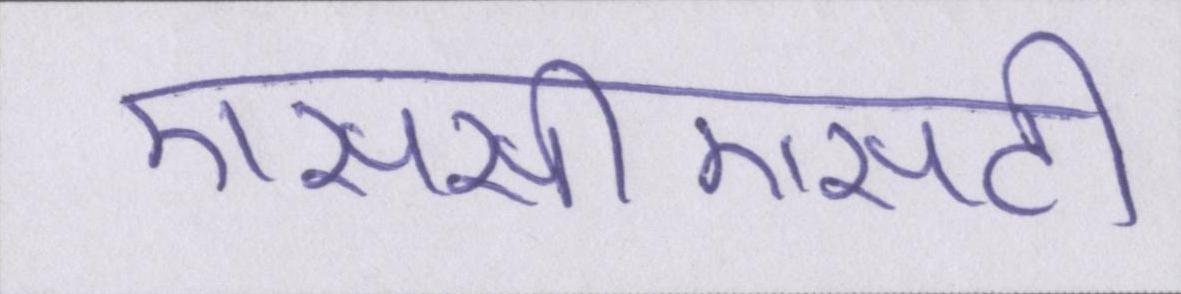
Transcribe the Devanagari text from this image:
एससीएसटी